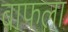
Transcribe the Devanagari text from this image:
बाफला